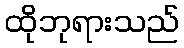
ထိုဘုရားသည်